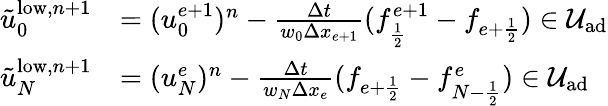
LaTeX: \begin{array}{rl}{\tilde{u}_{0}^{\mathrm{low},n+1}}&{=(u_{0}^{e+1})^{n}-\frac{\Delta t}{w_{0}\Delta x_{e+1}}(f_{\frac{1}{2}}^{e+1}-f_{{e+\frac{1}{2}}})\in\mathcal{U}_{\textrm{ad}}}\\ {\tilde{u}_{N}^{\mathrm{low},n+1}}&{=(u_{N}^{e})^{n}-\frac{\Delta t}{w_{N}\Delta x_{e}}(f_{{e+\frac{1}{2}}}-f_{{N-\frac{1}{2}}}^{e})\in\mathcal{U}_{\textrm{ad}}}\end{array}